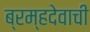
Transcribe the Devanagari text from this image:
ब्रम्हदेवाची